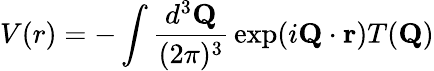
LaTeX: V(r)=-\int{\frac{d^{3}{\mathbf Q}}{(2\pi)^{3}}}\exp(i{\mathbf Q}\cdot{\mathbf r})T({\mathbf Q})